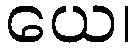
ယေ၊